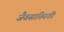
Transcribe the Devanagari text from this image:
जैवसांख्‍यिकी